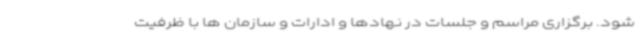
شود. برگزاری مراسم و جلسات در نهادها و ادارات و سازمان ها با ظرفیت